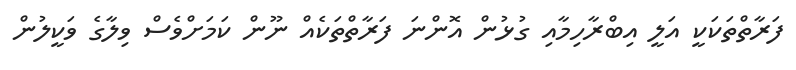
ފަރާތްތަކަކީ އަލީ އިބްރާހިމާއި ގުޅުން އޮންނަ ފަރާތްތަކެއް ނޫން ކަމަށްވެސް ވިލާގެ ވަކީލުން